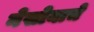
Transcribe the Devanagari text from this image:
नेसोयाचे